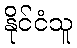
နိုင်ငံသူ